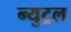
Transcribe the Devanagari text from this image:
न्युट्रल